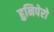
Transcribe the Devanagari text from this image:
हुनिपेरो